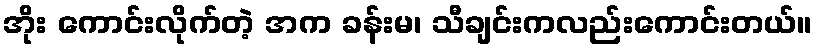
အိုး ကောင်းလိုက်တဲ့ အက ခန်းမ၊ သီချင်းကလည်းကောင်းတယ်။